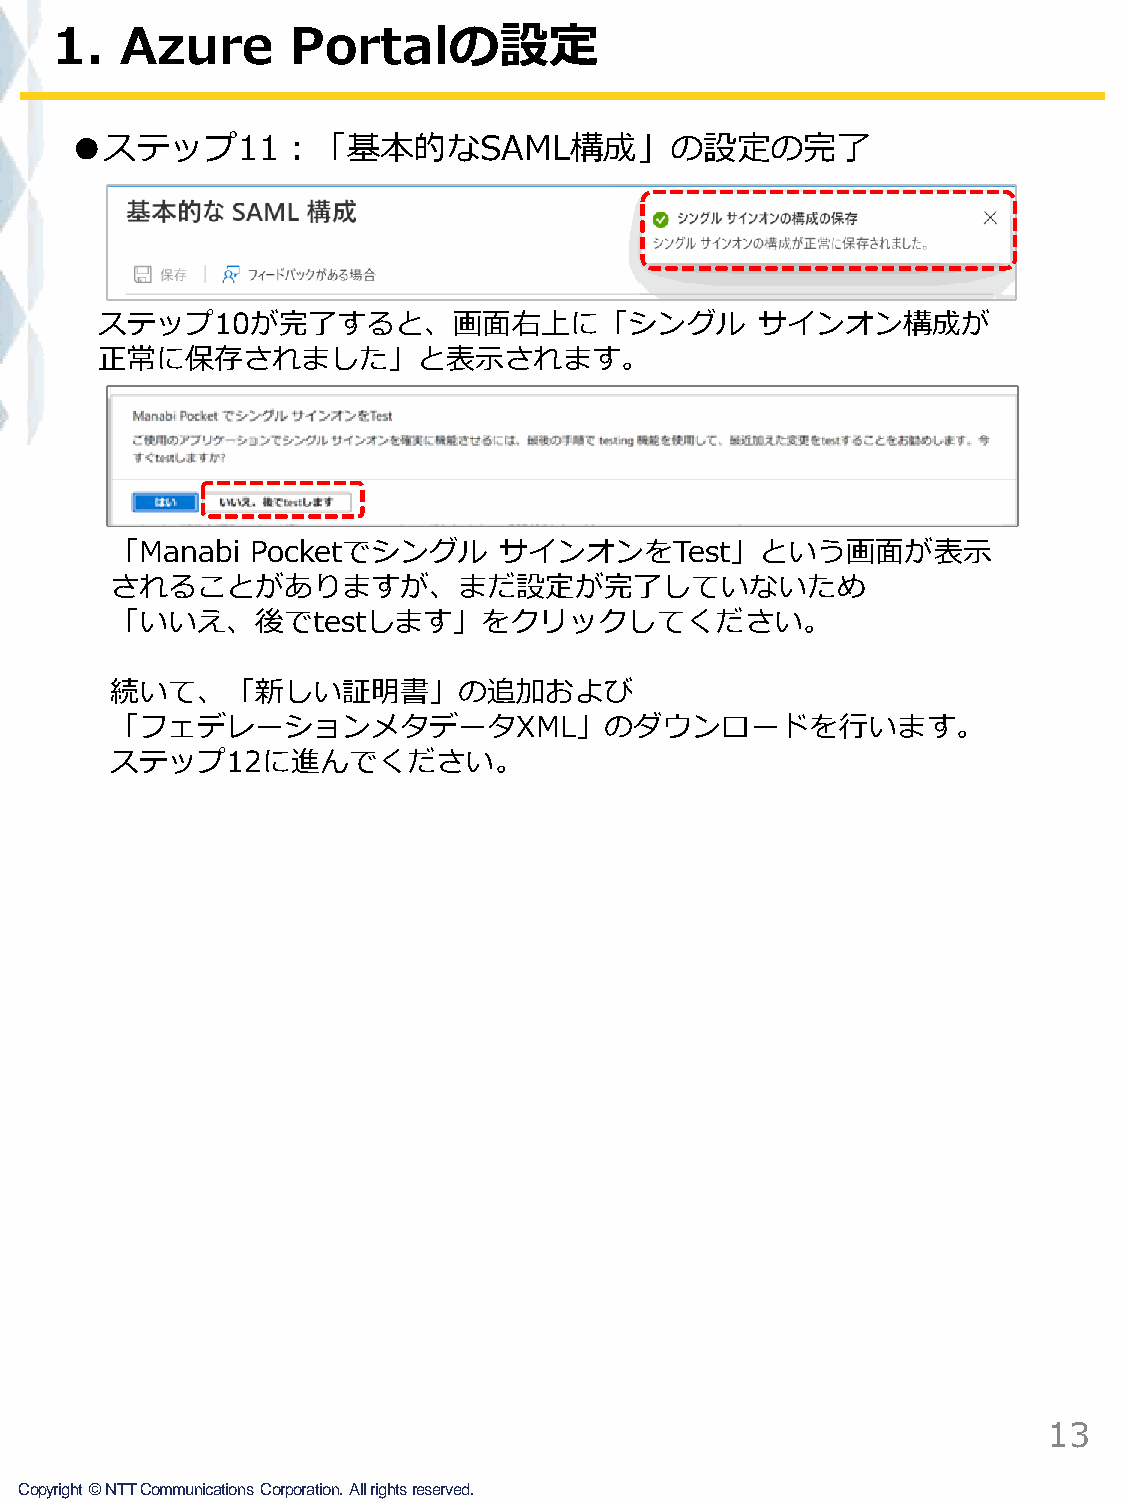
1.   Azure      Portalの設定
 ●ステップ11：「基本的なSAML構成」の設定の完了
 ステップ10が完了すると、画面右上に「シングル                    サインオン構成が
 正常に保存されました」と表示されます。
 「Manabi   Pocketでシングル     サインオンをTest」という画面が表示
 されることがありますが、まだ設定が完了していないため
 「いいえ、後でtestします」をクリックしてください。
 続いて、「新しい証明書」の追加および
 「フェデレーションメタデータXML」のダウンロードを行います。
 ステップ12に進んでください。
 13
 Copyright©NTTCommunicationsCorporation.Allrightsreserved.